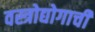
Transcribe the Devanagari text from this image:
वस्त्रोद्योगाची